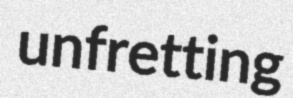
unfretting